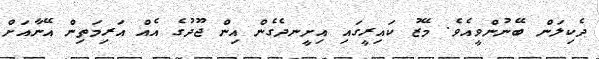
ދެކިލަން ބޭނުންވީއެވެ. މޭޒު ކައިރީގައި އިށީނދެގެން އިން ޖޫދުގެ އެއް އަރިމަތިން އޭނާއަށް